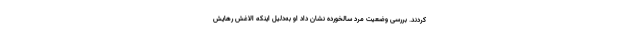
کردند. بررسی وضعیت مرد سالخورده نشان داد او به‌دلیل اینکه الاغش رهایش